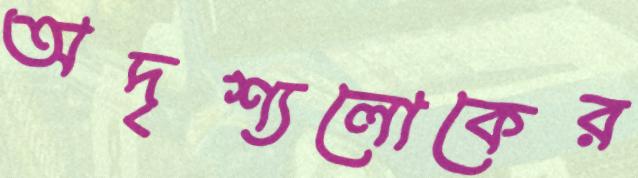
অদৃশ্যলোকের